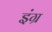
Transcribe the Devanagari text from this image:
इंग्र